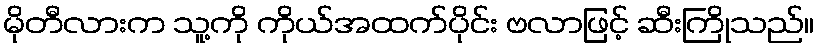
မိုတီလားက သူ့ကို ကိုယ်အထက်ပိုင်း ဗလာဖြင့် ဆီးကြိုသည်။